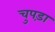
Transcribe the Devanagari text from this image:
चुपड़ा